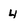
Character: 4